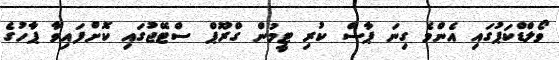
ވޯލްޑްކަޕުގައި އެންމެ ގިނަ ޕާސް ކުރި ޓީމުން ގްރޫޕް ސްޓޭޖުގައި ކޮށްފައިވާ ޕާހުގެ